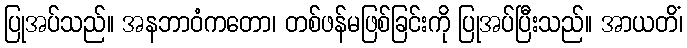
ပြုအပ်သည်။ အနဘာဝံကတော၊ တစ်ဖန်မဖြစ်ခြင်းကို ပြုအပ်ပြီးသည်။ အာယတိံ၊